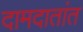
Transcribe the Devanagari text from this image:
दामदातांत